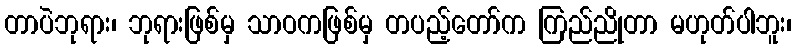
တာပဲဘုရား၊ ဘုရားဖြစ်မှ သာဝကဖြစ်မှ တပည့်တော်က ကြည်ညိုတာ မဟုတ်ပါဘူး၊